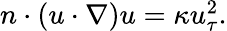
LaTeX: \begin{array}{r}{n\cdot(u\cdot\nabla)u=\kappa u_{\tau}^{2}.}\end{array}